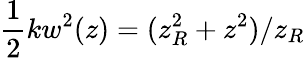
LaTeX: \frac{1}{2}kw^{2}(z)=(z_{R}^{2}+z^{2})/z_{R}